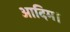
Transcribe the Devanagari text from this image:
आदिम।